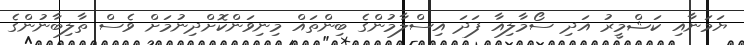
ޔަމަނާއި ކަޝްމީރު އަދި ސޯމާލިއާ ފަދަ އިސްލާމުންގެ ބިންތައް މިނިވަންކޮށްދިނުމަށް ވެސް ތާލިބާނުންގެ